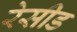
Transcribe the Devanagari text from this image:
रेसीड